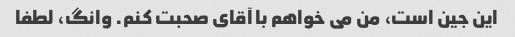
این جین است، من می خواهم با آقای صحبت کنم. وانگ، لطفا